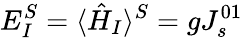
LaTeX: E_{I}^{S}=\langle\hat{H}_{I}\rangle^{S}=gJ_{s}^{01}